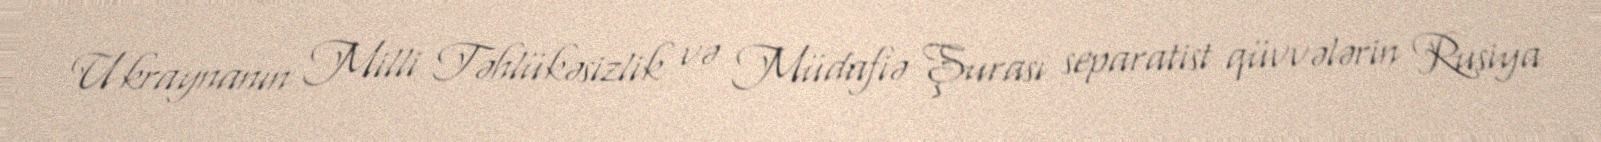
Ukraynanın Milli Təhlükəsizlik və Müdafiə Şurası separatist qüvvələrin Rusiya